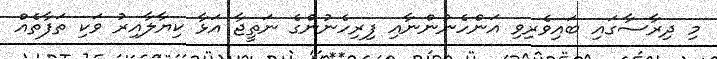
މި ދިރާސާގައި ބައިވެރިވި އަންހެނުންނާއި ފިރިހެނުންގެ ނަތީޖާ އަޅާ ކިޔާލާއިރު ވަކި ތަފާތެއް